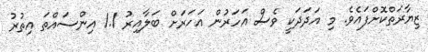
ޒިޔާރަތްކޮށްފައެވެ. މި އަދަދަކީ ވެސް އަހަރުން އަހަރަށް ބަލާއިރު 1.1 އިންސައްތަ އިތުރު